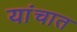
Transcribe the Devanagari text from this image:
यांचात